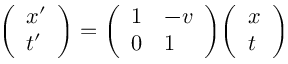
{ \left( \begin{array} { l } { x ^ { \prime } } \\ { t ^ { \prime } } \end{array} \right) } = { \left( \begin{array} { l l } { 1 } & { - v } \\ { 0 } & { 1 } \end{array} \right) } { \left( \begin{array} { l } { x } \\ { t } \end{array} \right) }